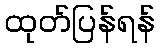
ထုတ်ပြန်ရန်